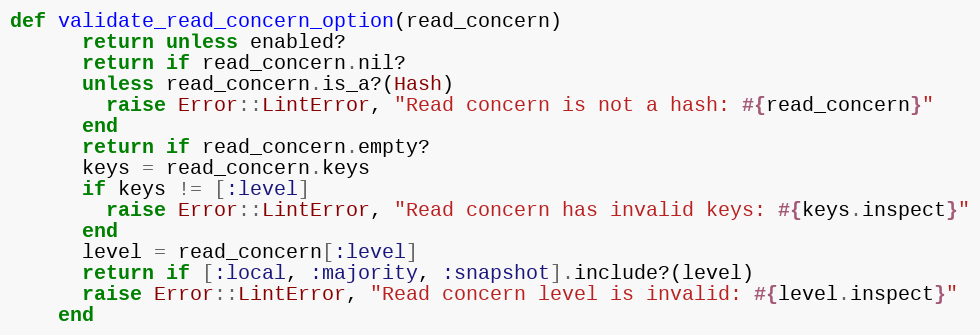
Language: Ruby
def validate_read_concern_option(read_concern)
      return unless enabled?
      return if read_concern.nil?
      unless read_concern.is_a?(Hash)
        raise Error::LintError, "Read concern is not a hash: #{read_concern}"
      end
      return if read_concern.empty?
      keys = read_concern.keys
      if keys != [:level]
        raise Error::LintError, "Read concern has invalid keys: #{keys.inspect}"
      end
      level = read_concern[:level]
      return if [:local, :majority, :snapshot].include?(level)
      raise Error::LintError, "Read concern level is invalid: #{level.inspect}"
    end